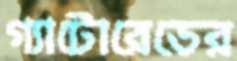
গ্যাটোরেডের